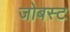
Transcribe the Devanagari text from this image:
जोबस्ट